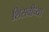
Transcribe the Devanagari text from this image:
शिसवीच्या